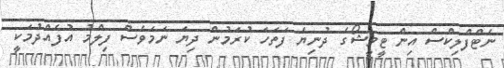
ނެޓްފްލިކްސް އިން ޓީވީޝޯގެ ދުނިޔެ ފަތަހަ ކުރަމުން ދިޔަ ނަމަވެސް ފިލްމު އުފެއްދުމަކީ